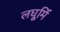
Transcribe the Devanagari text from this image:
लघूर्मि